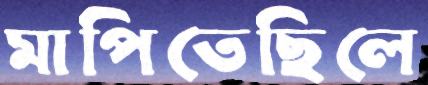
মাপিতেছিলে